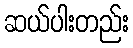
ဆယ်ပါးတည်း